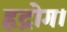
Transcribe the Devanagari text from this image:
हृद्रोग।